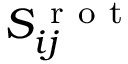
S _ { i j } ^ { \mathrm { ~ r ~ o ~ t ~ } }